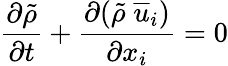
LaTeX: \frac{\partial\tilde{\rho}}{\partial t}+\frac{\partial(\tilde{\rho}\; \overline{{u}}_{i})}{\partial x_{i}}=0